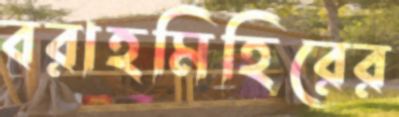
বরাহমিহিরের